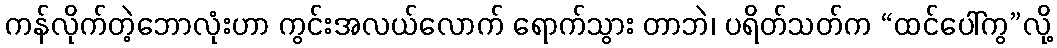
ကန်လိုက်တဲ့ဘောလုံးဟာ ကွင်းအလယ်လောက် ရောက်သွား တာဘဲ၊ ပရိတ်သတ်က “ထင်ပေါ်ကွ”လို့